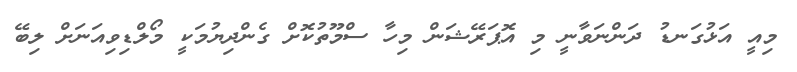
މިއީ އަޅުގަނޑު ދަންނަވާނީ މި އޮޕަރޭޝަން މިހާ ސްމޫތުކޮށް ގެންދިޔުމަކީ މޯލްޑިވިއަނަށް ލިބޭ